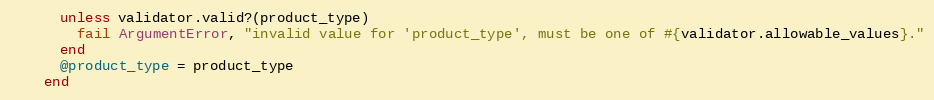
Language: Ruby
      unless validator.valid?(product_type)
        fail ArgumentError, "invalid value for 'product_type', must be one of #{validator.allowable_values}."
      end
      @product_type = product_type
    end